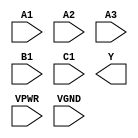
module sky130_fd_sc_hs__a311oi (
    //# {{data|Data Signals}}
    input  A1  ,
    input  A2  ,
    input  A3  ,
    input  B1  ,
    input  C1  ,
    output Y   ,

    //# {{power|Power}}
    input  VPWR,
    input  VGND
);
endmodule